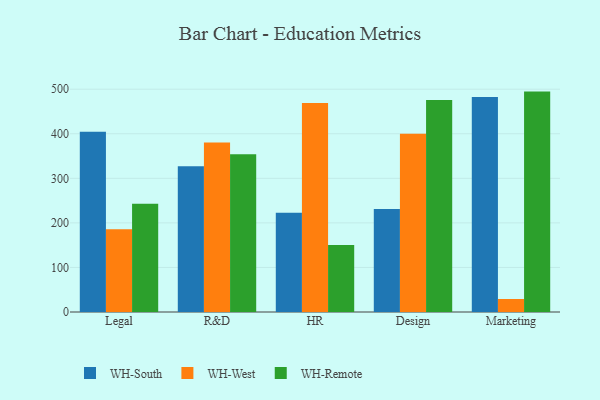
{"axis": {"x": "Department", "y": "Population (Million)"}, "legend": ["WH-Remote", "WH-South", "WH-West"], "data": [{"x": "Legal", "y": 404.4, "type": "WH-South"}, {"x": "Legal", "y": 185.8, "type": "WH-West"}, {"x": "Legal", "y": 242.8, "type": "WH-Remote"}, {"x": "R&D", "y": 327.1, "type": "WH-South"}, {"x": "R&D", "y": 380.1, "type": "WH-West"}, {"x": "R&D", "y": 354.2, "type": "WH-Remote"}, {"x": "HR", "y": 222.6, "type": "WH-South"}, {"x": "HR", "y": 469.0, "type": "WH-West"}, {"x": "HR", "y": 150.3, "type": "WH-Remote"}, {"x": "Design", "y": 230.9, "type": "WH-South"}, {"x": "Design", "y": 400.2, "type": "WH-West"}, {"x": "Design", "y": 475.5, "type": "WH-Remote"}, {"x": "Marketing", "y": 482.3, "type": "WH-South"}, {"x": "Marketing", "y": 29.2, "type": "WH-West"}, {"x": "Marketing", "y": 494.6, "type": "WH-Remote"}]}